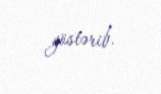
göstərib.